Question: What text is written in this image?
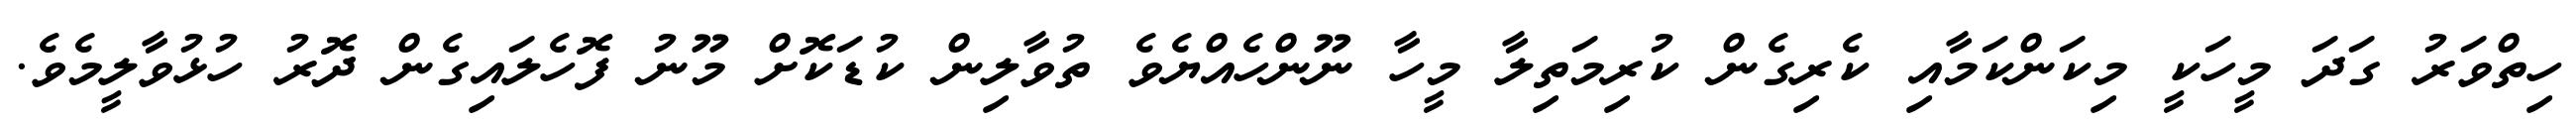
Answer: ހިތްވަރު ގަދަ މީހަކީ މިކަންކަމާއި ކެރިގެން ކުރިމަތިލާ މީހާ ނޫންހެއްޔެވެ ތުވާލިން ކުޑަކޮށް މޫނު ފޮހެލައިގެން ދޮރު ހުޅުވާލީމެވެ.